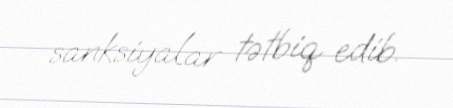
sanksiyalar tətbiq edib.